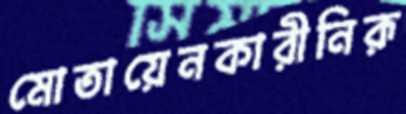
মোতায়েনকারীনিরূ